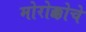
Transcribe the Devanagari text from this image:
मोरोक्कोचे